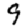
Digit: 9